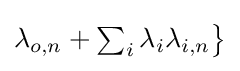
{\textstyle \lambda _{o,n}+\sum _{i}\lambda _{i}\lambda _{i,n}{\bigr \}}}